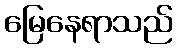
မြေနေရာသည်